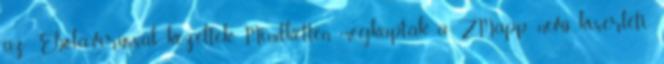
az Ebola-vírussal kezeltek. Mindketten megkapták a ZMapp nevű kísérleti